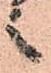
之